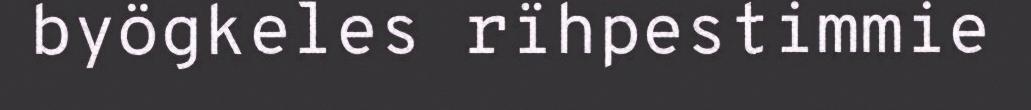
byögkeles rïhpestimmie